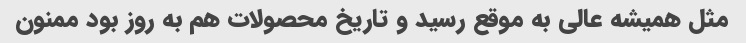
مثل همیشه عالی به موقع رسید و تاریخ محصولات هم به روز بود ممنون